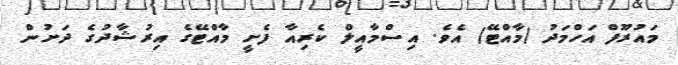
މައުރޫފް އަހްމަދު (މާއްޓޭ) އެވެ. އިސްމާއީލް ކެރިއާ ފެށީ މާއްޓޭގެ އިރުޝާދުގެ ދަށުން